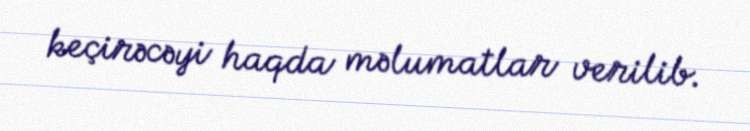
keçirəcəyi haqda məlumatlar verilib.